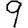
Digit: 9